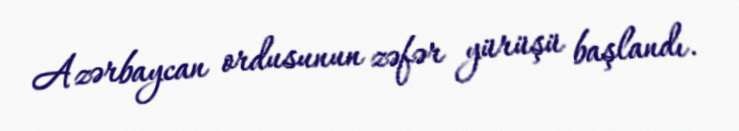
Azərbaycan ordusunun zəfər yürüşü başlandı.